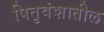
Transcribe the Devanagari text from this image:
पितृवंशातील